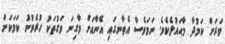
ވަރަށް ކަމުދާ މާޙައުލެކެވެ. ނަމަވެސް އެތާނގައި އޭނާއަށް މާގިނަ ވަގުތަކު ހުރެވުނު ކަމަކަށް